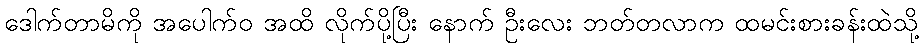
ဒေါက်တာမိကို အပေါက်ဝ အထိ လိုက်ပို့ပြီး နောက် ဦးလေး ဘတ်တလာက ထမင်းစားခန်းထဲသို့